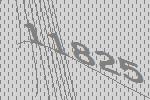
11825